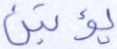
يؤتين